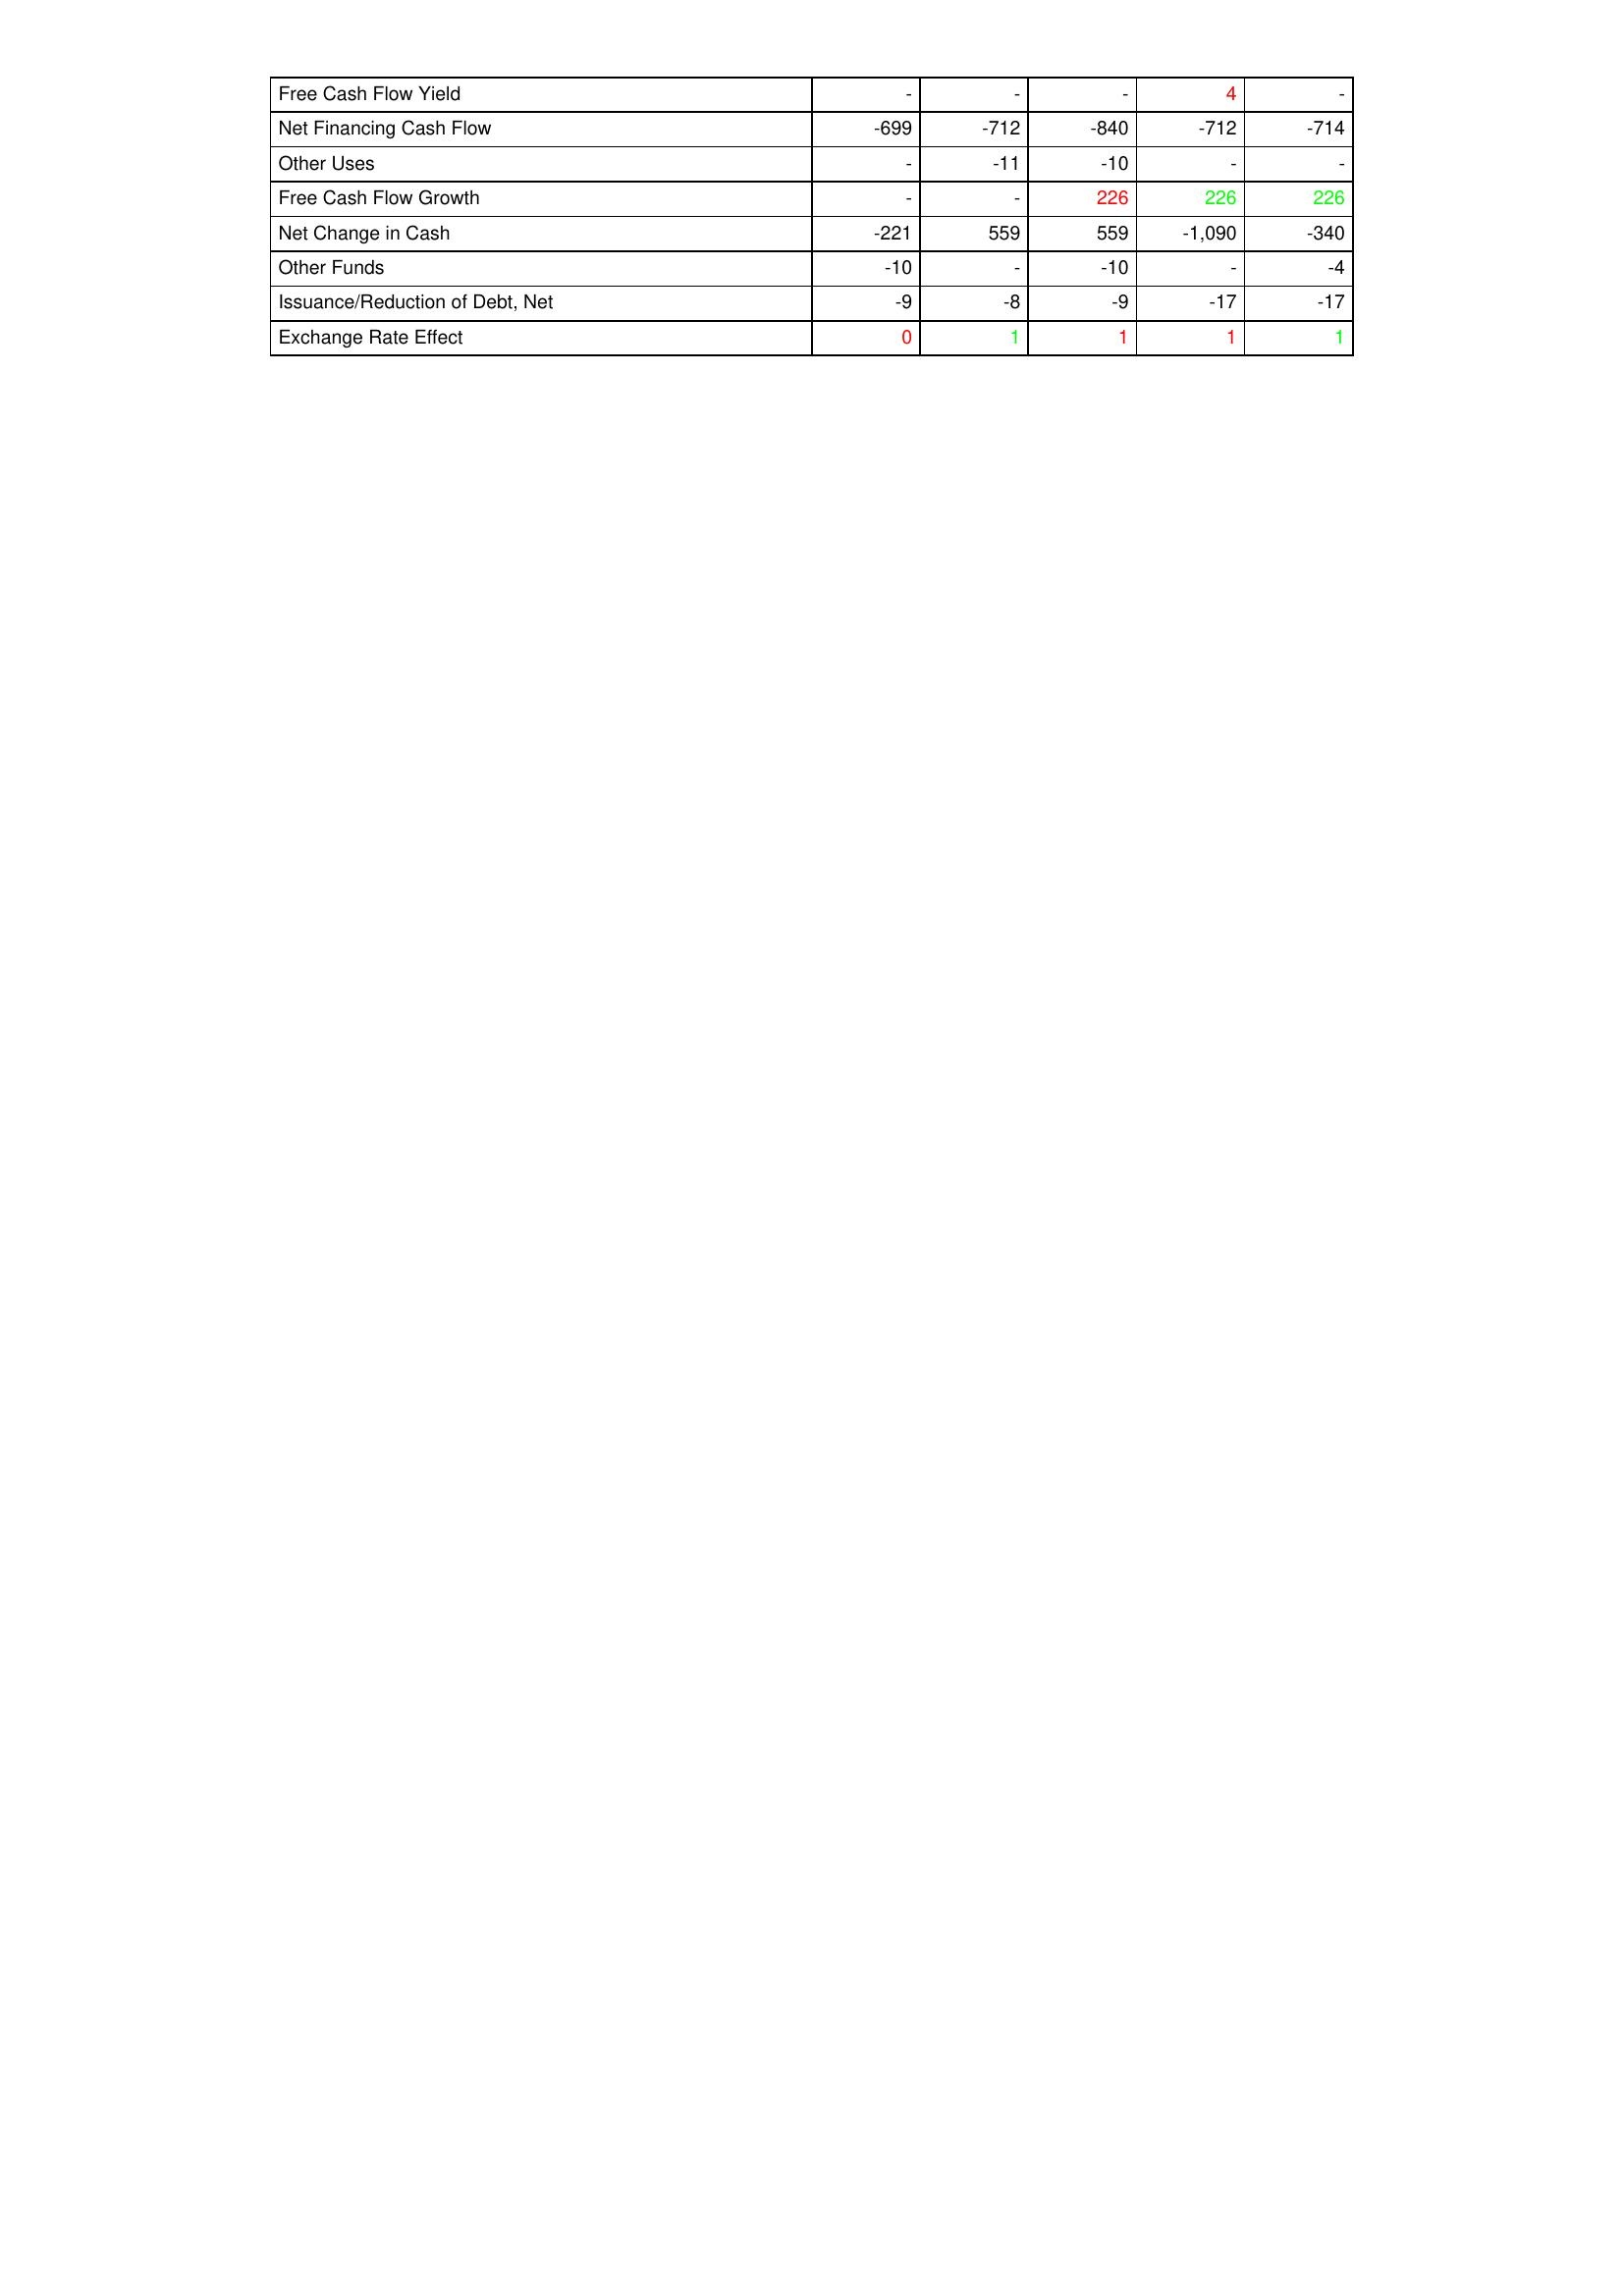
gt_parse: 2020: Financing Activities: Free Cash Flow Yield: -
Net Financing Cash Flow: -699
Other Uses: -
Free Cash Flow Growth: -
Net Change in Cash: -221
Other Funds: -10
Issuance/Reduction of Debt, Net: -9
Exchange Rate Effect: 0
2021: Financing Activities: Free Cash Flow Yield: -
Net Financing Cash Flow: -712
Other Uses: -11
Free Cash Flow Growth: -
Net Change in Cash: 559
Other Funds: -
Issuance/Reduction of Debt, Net: -8
Exchange Rate Effect: 1
2022: Financing Activities: Free Cash Flow Yield: -
Net Financing Cash Flow: -840
Other Uses: -10
Free Cash Flow Growth: 226
Net Change in Cash: 559
Other Funds: -10
Issuance/Reduction of Debt, Net: -9
Exchange Rate Effect: 1
2023: Financing Activities: Free Cash Flow Yield: 4
Net Financing Cash Flow: -712
Other Uses: -
Free Cash Flow Growth: 226
Net Change in Cash: -1,090
Other Funds: -
Issuance/Reduction of Debt, Net: -17
Exchange Rate Effect: 1
2024: Financing Activities: Free Cash Flow Yield: -
Net Financing Cash Flow: -714
Other Uses: -
Free Cash Flow Growth: 226
Net Change in Cash: -340
Other Funds: -4
Issuance/Reduction of Debt, Net: -17
Exchange Rate Effect: 1